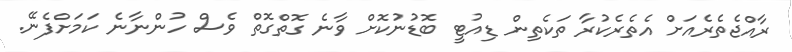
ރާއްޖެތެރެއަށް އެތެރެކުރާ ތަކެތިން ޑިއުޓީ ބޮޑުނުކޮށް ވާނެ ގޮތްގޮތް ވެސް ހުންނާނެ ކަމަށްފެނޭ.